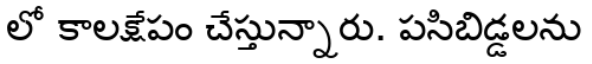
లో కాలక్షేపం చేస్తున్నారు. పసిబిడ్డలను